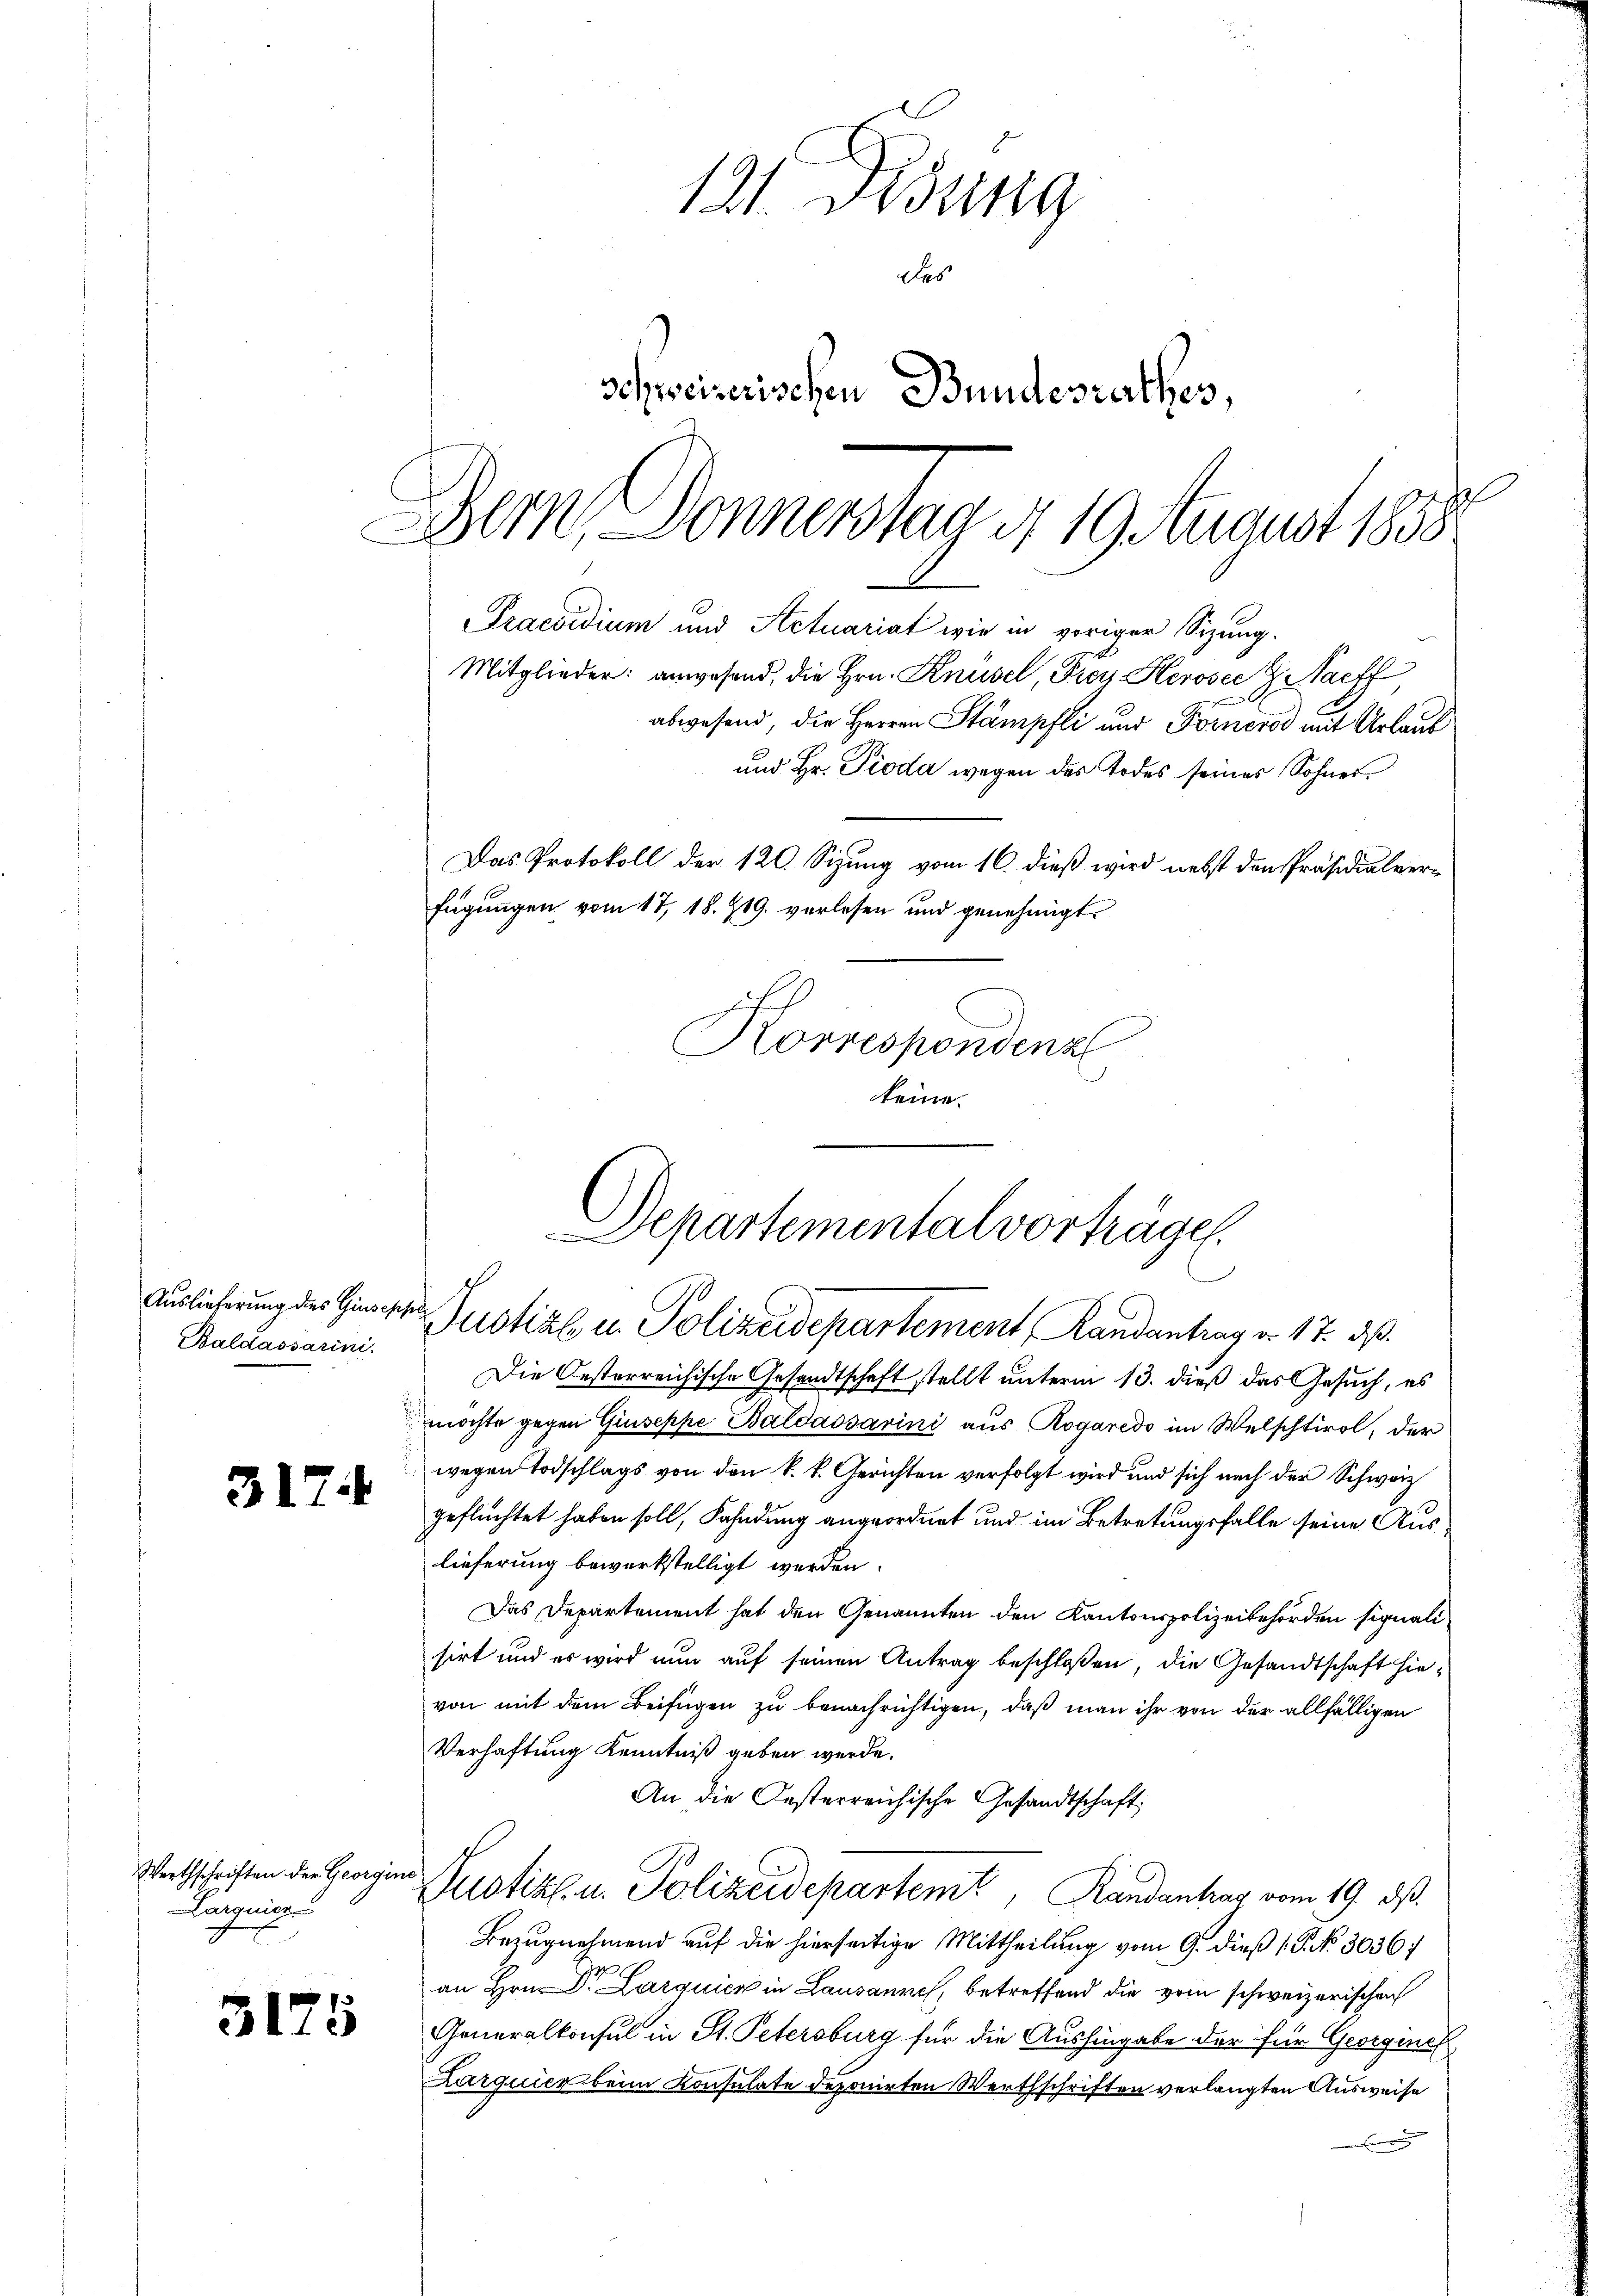
Baldassarini.

317.

3175

Korrespondenz
keine.

Werthschriften der Georgen
arquier
x

121. Disung
des
Schweizerischen Bundesrathes,
Bern, Donnersten d. 19. August 1858.

Praevidium und Actuariat wie in voriger Sizung.

Departemental vorträge.
e
Auslieferung des Hinge Justiz u. Polizeidepartement, Randantrag v. 17. ds.

Mitglieder: anwesend, die Hrn. Knüsel, Frey Herose G Naeff,
abwesend, die Herren Stämpfli und Forneros mit Urlaub
und Hr. Pioda wegen des Todes seines Sohnes
Das Protokoll der 120. Sizung vom 16. dieß wird nebst den Präsidialverfügungen vom 17, 18. 219. verlesen und genehmigt

Die Oesterreichische Gesandtschaft stellt unterm 13. dieß das Gesuch, es
möchte gegen Giuseppe Baldassarini aus Rogaredo im Welschtirol, der
wegen Todschlags von den k. k. Gerichten verfolgt wird und sich nach der Schwarz
geflüchtet haben soll, Fahndung angeordnet und im Betretungsfalle seine Auslieferung bewerkstelligt werden.
Das Departement hat den Genannten den Kantonspolizeibehörden signalisirt und es wird nun auf seinen Antrag beschloßen, die Gesandtschaft hievon mit dem Beifügen zu benachrichtigen, daß man ihr von der allfälligen
Verhaftung Kenntniß geben werde.
An die Oesterreichische Gesandtschaft
Justiz u. Polizeidepartemt, Randantrag vom 19. ds.
Bezugnehmend auf die hierseitige Mittheilung vom 9. dieß (P. No 3036
an Hrn. Dr. Larquick in Lausannes, betreffend die vom schweizerischen
Generalkonsul in St. Petersburg für die Aushingabe der für Georgenes
Karquick beim Konsulate deponirten Werthschriften verlangten Ausweise
.